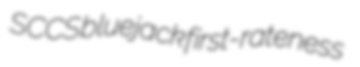
SCCS bluejack first-rateness